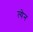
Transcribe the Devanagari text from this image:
त्येन